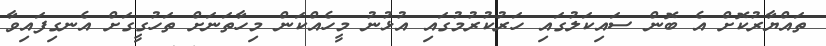
ތައްޔާރުކޮށް އެ ބޮން ސައިކަލުގައި ހަރުކުރުމުގައި އުޅުނު މީހެއްކަން މިހާތަނަށް ތަހުގީގަށް އެނގިފައިވާ